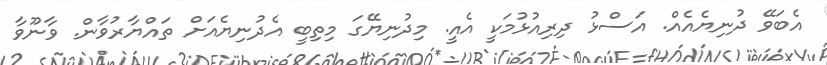
އެބަވޭ ދުނިޔެއެއް. އަސްޅު ދިރިއުޅުމަކީ އެއީ. މިދުނިޔޭގަ މިތިބީ އެދުނިޔެއަށް ތައްޔާރުވާން. ވާނޫވާ